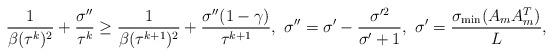
LaTeX: \begin{align*}\frac{1}{\beta(\tau^k)^2}+\frac{\sigma''}{\tau^k}\geq\frac{1}{\beta(\tau^{k+1})^2}+\frac{\sigma''(1-\gamma)}{\tau^{k+1}},~\sigma''=\sigma'-\frac{\sigma'^2}{\sigma'+1},~\sigma'=\frac{\sigma_{\rm min}(A_mA_m^T)}{L},\end{align*}